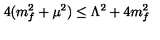
4 ( m _ { f } ^ { 2 } + \mu ^ { 2 } ) \le \Lambda ^ { 2 } + 4 m _ { f } ^ { 2 }